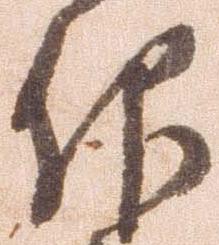
仰